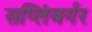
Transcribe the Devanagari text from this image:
सप्लिंबर्गर